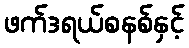
ဖက်ဒရယ်စနစ်နှင့်